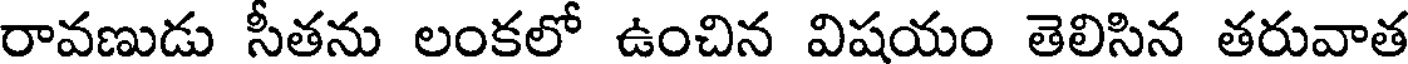
రావణుడు సీతను లంకలో ఉంచిన విషయం తెలిసిన తరువాత